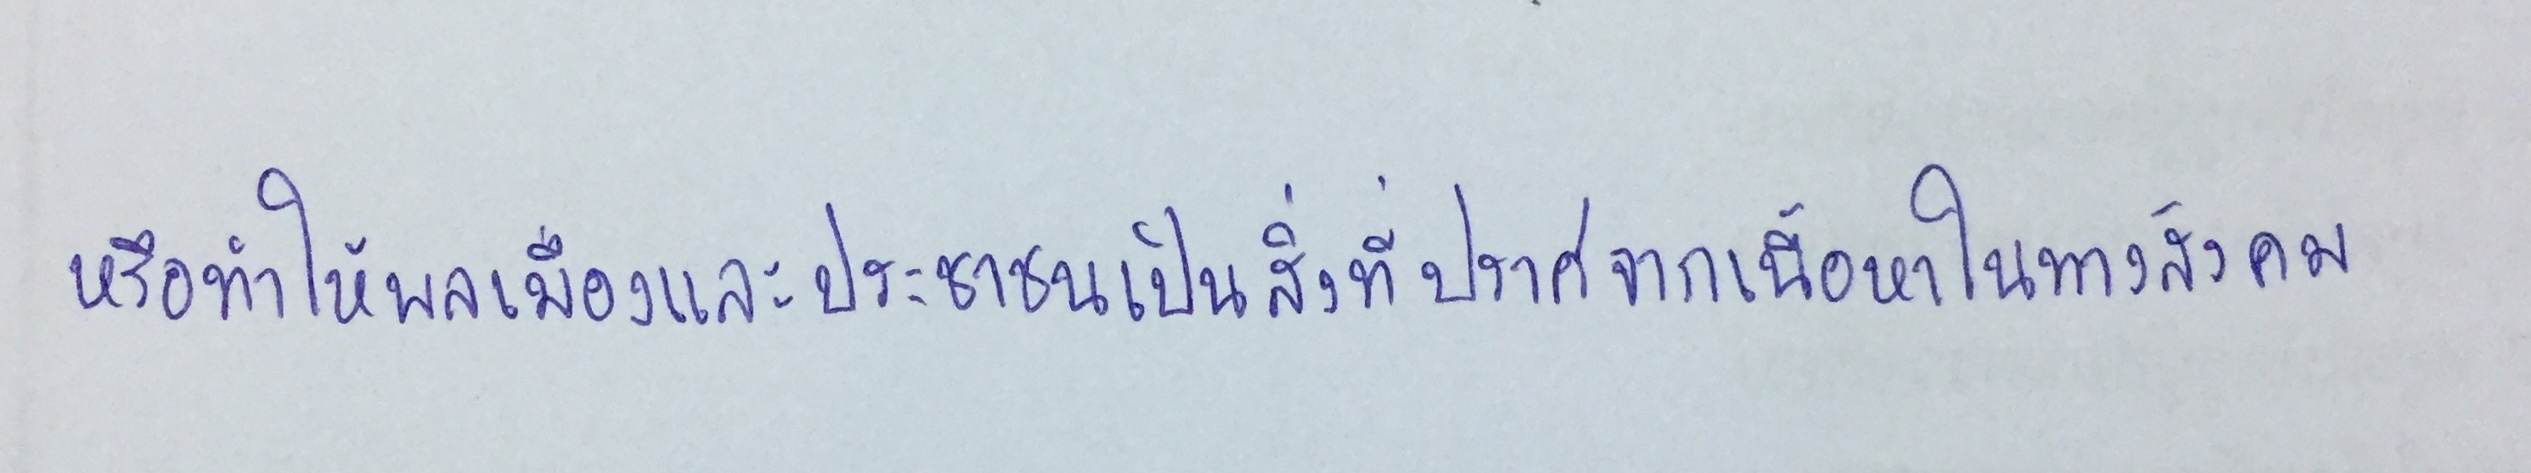
หรือทำให้พลเมืองและประชาชนเป็นสิ่งที่ปราศจากเนื้อหาในทางสังคม